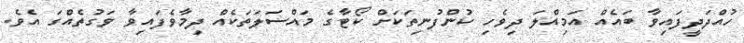
ހުއްދަދީފައިވާ ބައެއް އަމިއްލަ ދިވެހި ކުންފުނިތަކަށް ކޯޓާގެ މައްސަަލަތަކެއް ދިމާވެފައިވާ ވަގުތެއްގަ އެވެ.